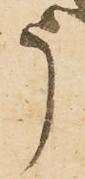
う